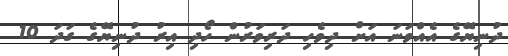
ދުނިޔޭގެ އެއްވަނަ އަށް ދިވެހި ދަރިވަރުން ހޯދި އިރު ދުނިޔޭގެ ގަދަ 10